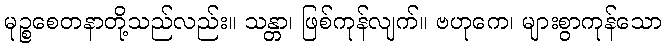
မုဉ္စစေတနာတို့သည်လည်း။ သန္တာ၊ ဖြစ်ကုန်လျက်။ ဗဟုကေ၊ များစွာကုန်သော